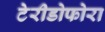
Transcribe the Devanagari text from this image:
टेरीडोफोरा